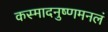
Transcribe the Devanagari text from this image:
कस्मादनुष्णमनलं